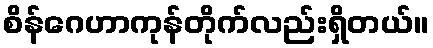
စိန်ဂေဟာကုန်တိုက်လည်းရှိတယ်။